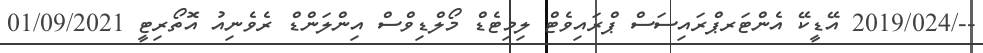
--/2019/024 އޭޑީކޭ އެންޓަރޕްރައިސަސް ޕްރައިވެޓް ލިމިޓެޑް މޯލްޑިވްސް އިންލަންޑް ރެވެނިއު އޮތޯރިޓީ 01/09/2021